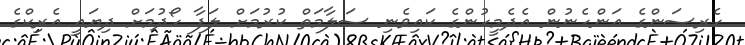
ހެރިސަންގެ އަންހެނުން އެދެމީހުންގެ ކައިވެނި ސަލާމަތް ކުރުމަށް ލަފާ ހޯދުމަށް ދިޔައީ އެރިކްގެ